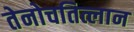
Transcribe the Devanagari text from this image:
तेनोचतित्लान